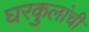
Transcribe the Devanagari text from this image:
घरकुलांची